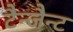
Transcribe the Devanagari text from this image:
टैन्जैन्ट